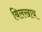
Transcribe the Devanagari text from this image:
बिलखाय